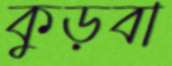
কুড়বা